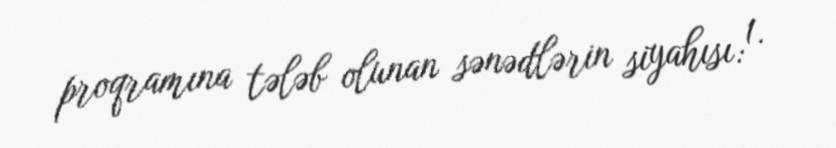
proqramına tələb olunan sənədlərin siyahısı: 1.